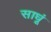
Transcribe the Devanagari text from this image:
साधूं